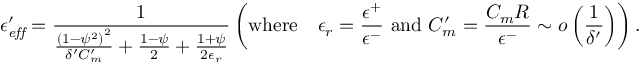
\epsilon _ { \it e f f } ^ { \prime } = \frac { 1 } { \frac { \left( 1 - \psi ^ { 2 } \right) ^ { 2 } } { \delta ^ { \prime } C _ { m } ^ { \prime } } + \frac { 1 - \psi } { 2 } + \frac { 1 + \psi } { 2 \epsilon _ { r } } } \left( \mathrm { w h e r e } \quad \epsilon _ { r } = \frac { \epsilon ^ { + } } { \epsilon ^ { - } } \mathrm { ~ a n d ~ } C _ { m } ^ { \prime } = \frac { C _ { m } R } { \epsilon ^ { - } } \sim o \left( \frac { 1 } { \delta ^ { \prime } } \right) \right) .